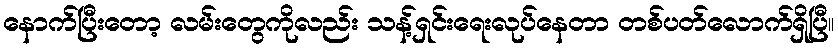
နောက်ပြီးတော့ လမ်းတွေကိုလည်း သန့်ရှင်းရေးလုပ်နေတာ တစ်ပတ်လောက်ရှိပြီ။